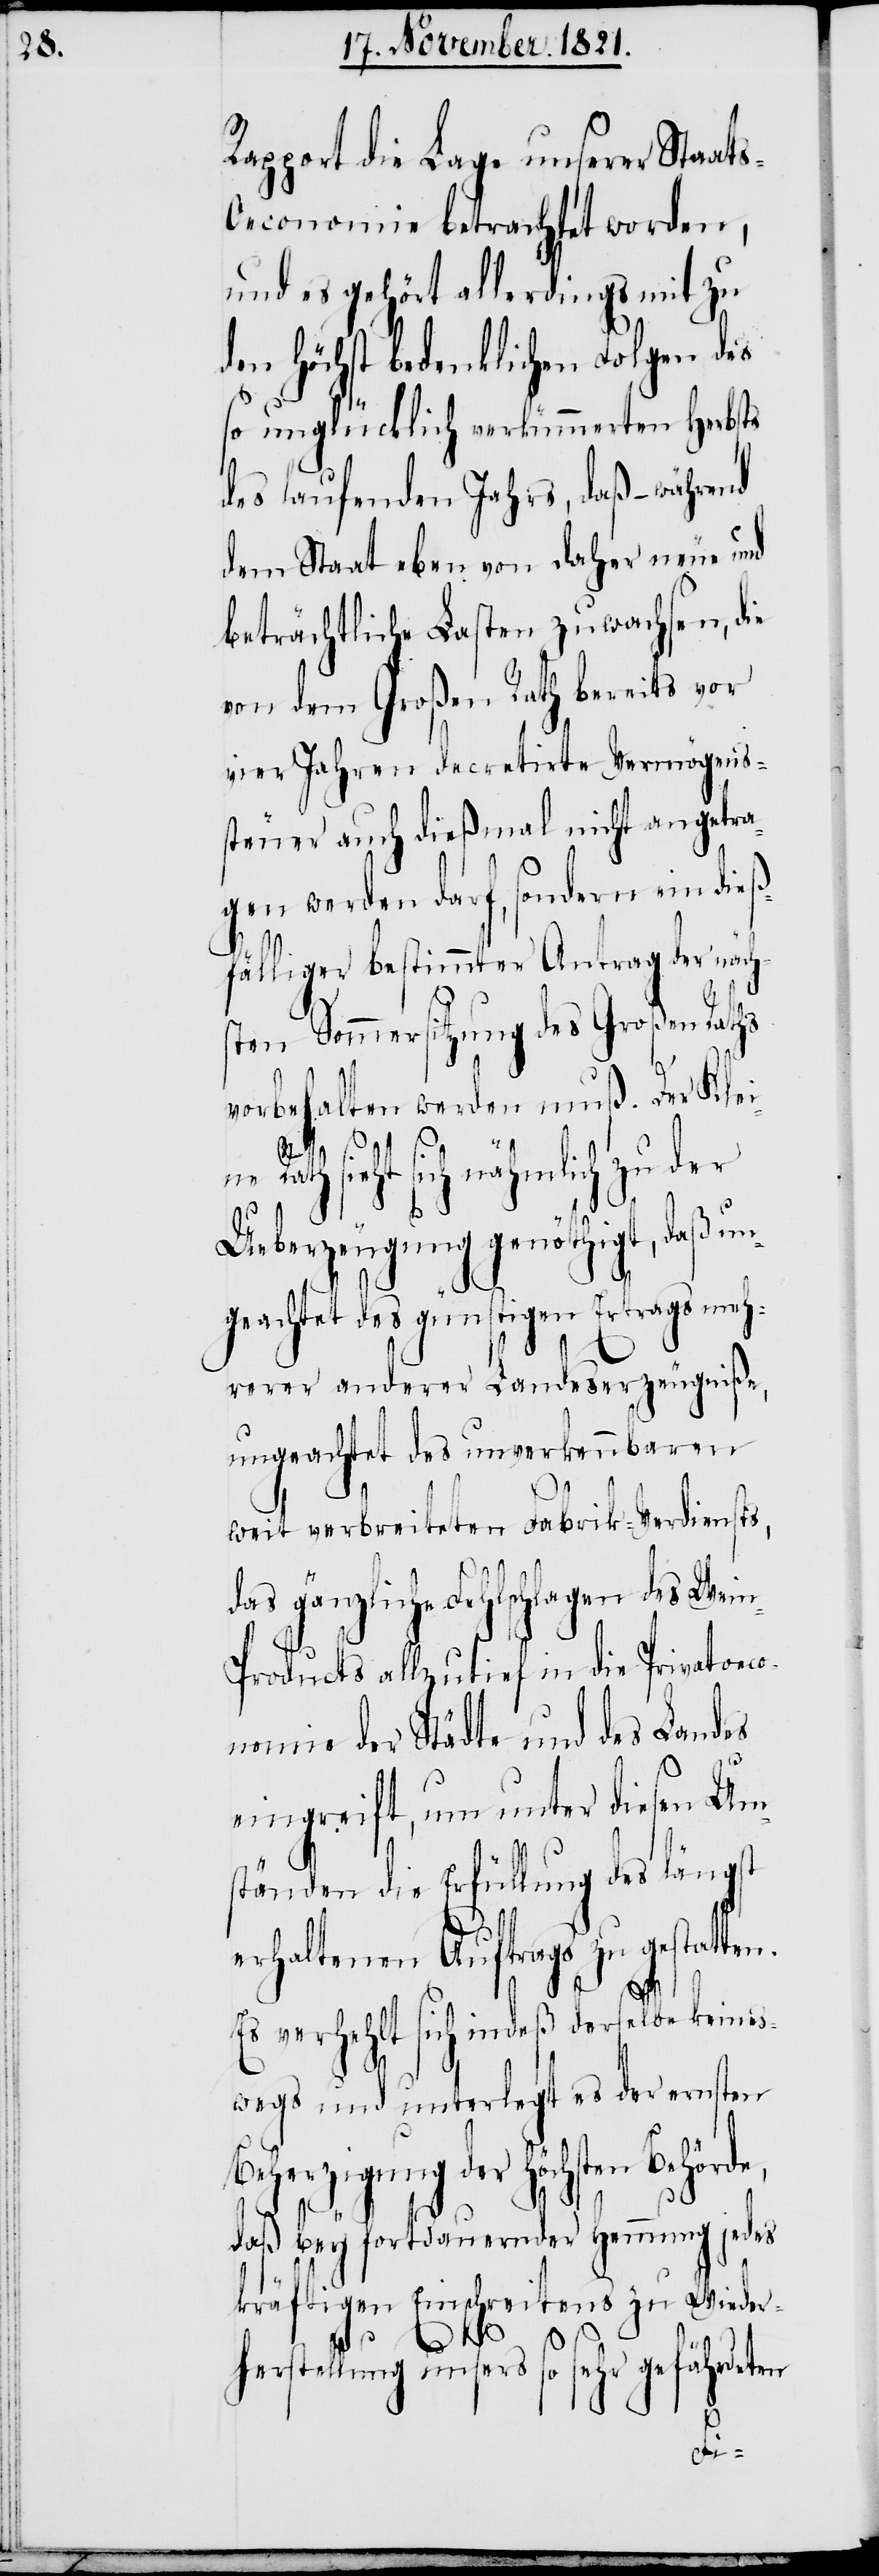
Rapport die Lage unserer Staat¬
economie betrachtet worden,
und es gehört allerdings mit zu
den Höchst bedenklichen Folgen des
so unglücklich verkümmerten Herbsts
des laufenden Jahrs, daß – während
dem Staat eben von daher neue und
beträchtliche Lasten zuwachsen, die
von dem Großen Rath bereits vor
vier Jahren decretirte Vermögens¬
steuer auch dießmal nicht angetra¬
gen werden darf, sondern ein die¬
ßfälliger bestimmter Antrag der näch¬
sten Sommersitzung des Großen Rat¬
vorbehalten werden muß. Der Klei¬
hs
ne Rath sieht sich nähmlich zu der
Ueberzeugung genöthigt, daß un¬
geachtet des günstigen Ertrags meh¬
rerer anderer Landeserzeugniße,
ungeachtet des unverkennbaren
weit verbreiteten Fabrik-Verdiensts,
das gänzliche Fehlschlagen des Wei¬
n-Products allzutief in die Privatoeco¬
nomie der Städte und des Landes
eingreift, um unter diesen Um¬
ständen die Erfüllung des längst
erhaltenen Auftrags zu gestatten.
Es verhehlt sich indeß derselbe keines¬
wegs und unterlegt es der ernsten
Beherzigung der höchsten Behörd¬
e,
daß bey fortdauernder Hemmung jedes
kräftigen Einschreitens zu Wieder¬
herstellung unsers so sehr gefährdeten
s-O¬